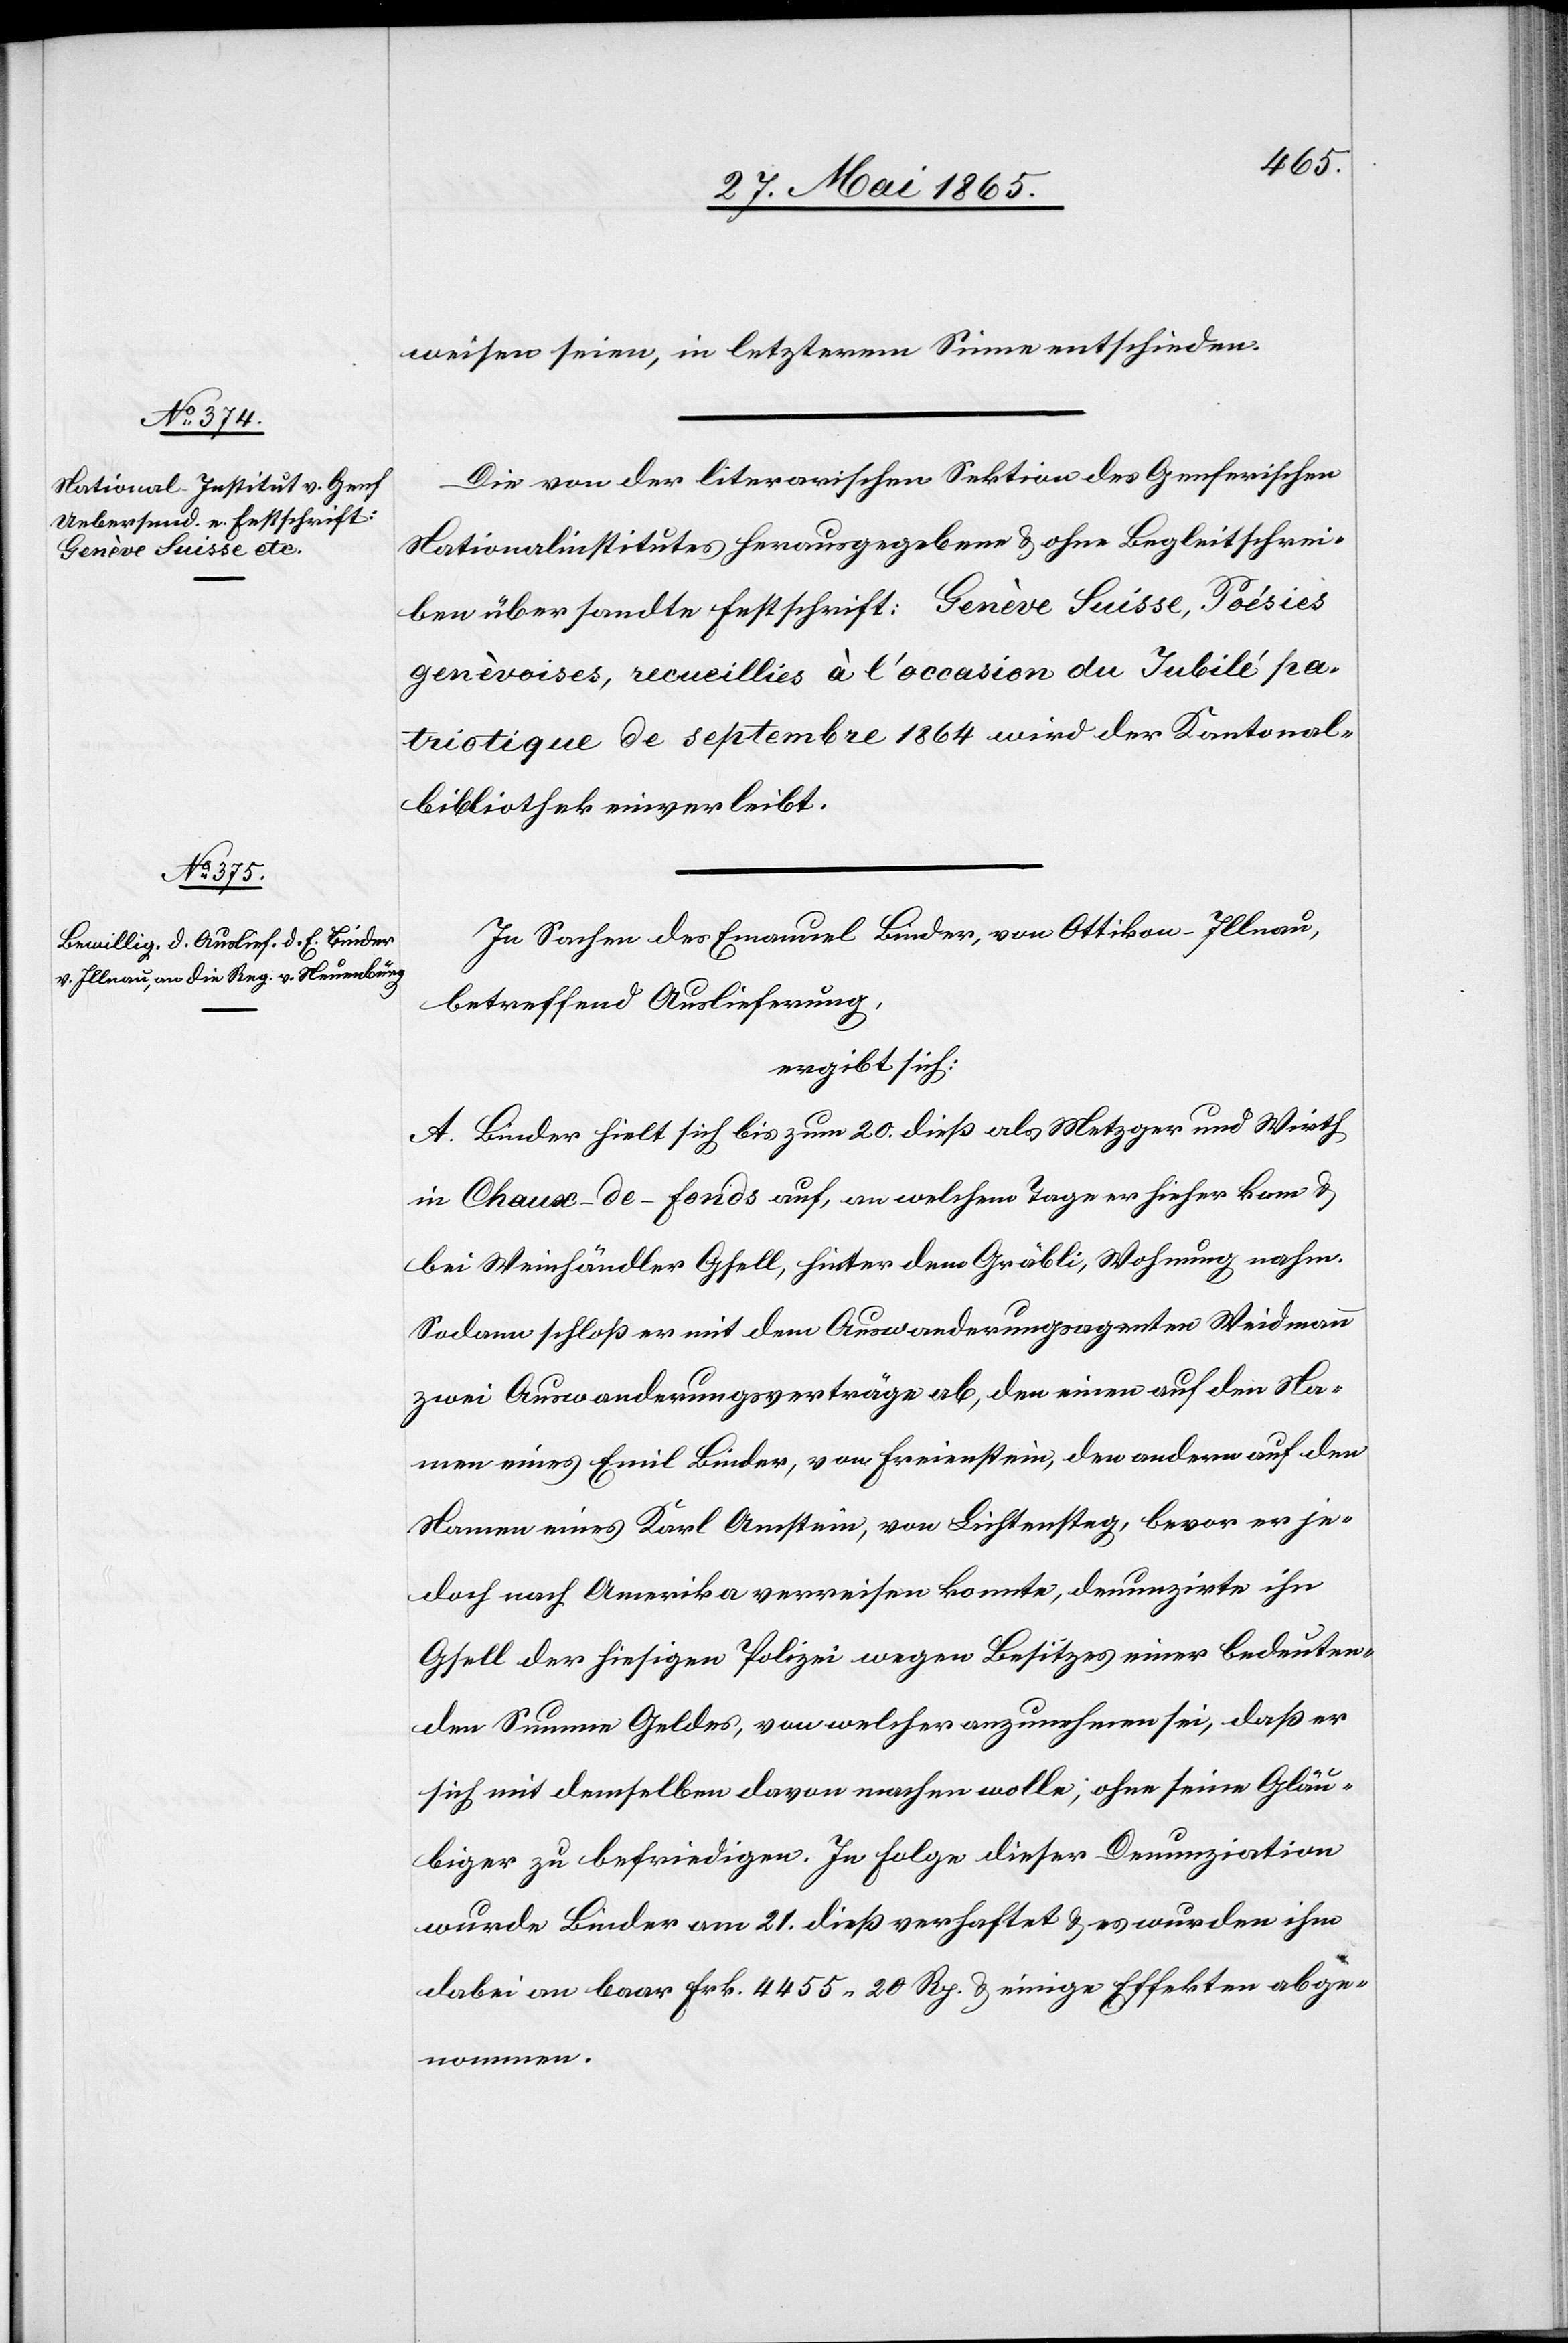
weisen seien, in letzterem Sinne entschieden.
Die von der literarischen Sektion des Genferischen
Nationalinstitutes herausgegebene & ohne Begleitschrei¬
ben übersandte Festschrift: Genève Suisse, Poésies
genèvoises, recueillies à l’ occasion du Jubilé pa¬
triotique de septembre 1864 wird der Kantonal¬
bibliothek einverleibt.
In Sachen des Emanuel Binder, von Ottikon-Illnau,
betreffend Auslieferung,
ergibt sich:
A. Binder hielt sich bis zum 20. dieß als Metzger und Wirth
in Chaux-de-fonds auf, an welchem Tage er hieher kam &
bei Weinhändler Gsell, hinter dem Gräbli, Wohnung nahm.
Sodann schloß er mit dem Auswanderungsagenten Weidmann
zwei Auswanderungsverträge ab, den einen auf den Na¬
men eines Emil Binder, von Freienstein, den andern auf den
Namen eines Karl Amstein, von Lichtensteg, bevor er je¬
doch nach Amerika verreisen konnte, denunzirte ihn
Gsell der hiesigen Polizei wegen Besitzes einer bedeuten¬
den Summe Geldes, von welcher anzunehmen sei, daß er
sich mit demselben davon machen wollte, ohne seine Gläu¬
biger zu befriedigen. In Folge dieser Denunziation
wurde Binder am 21. dieß verhaftet & es wurden ihm
dabei an baar Frk. 4455 20 Rp. & einige Effekten abge¬
nommen.